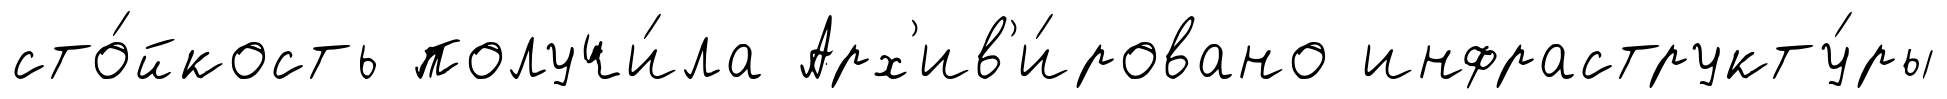
сто́йкость получи́ла Арх'ив'и́ровано инфраструкту́ры